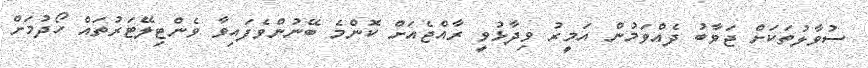
ސުވާލުތަކަށް ޖަވާބު ދެއްވަމުން އަމީރު ވިދާޅުވީ ރާއްޖެއަށް ކޮންމެ ބޭނުންވެފައިވާ ވެންޓިލޭޓަރުތައް ހޯދުމަށް